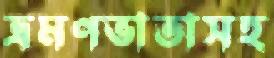
ভ্রমণভাতাসহ